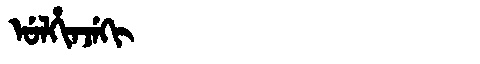
Manchu: ᡠᠯᡥᡳᠨᠵᡝᡴᡳ
Romanization: ULHINJEKI